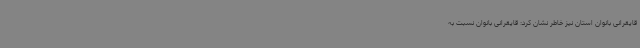
قایقرانی بانوان استان نیز خاطر نشان کرد: قایقرانی بانوان نسبت به